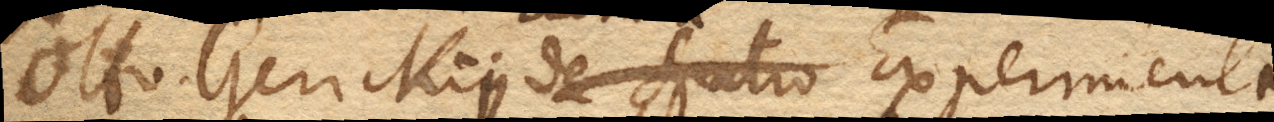
Otto Gerickii Experimenta